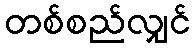
တစ်စည်လျှင်